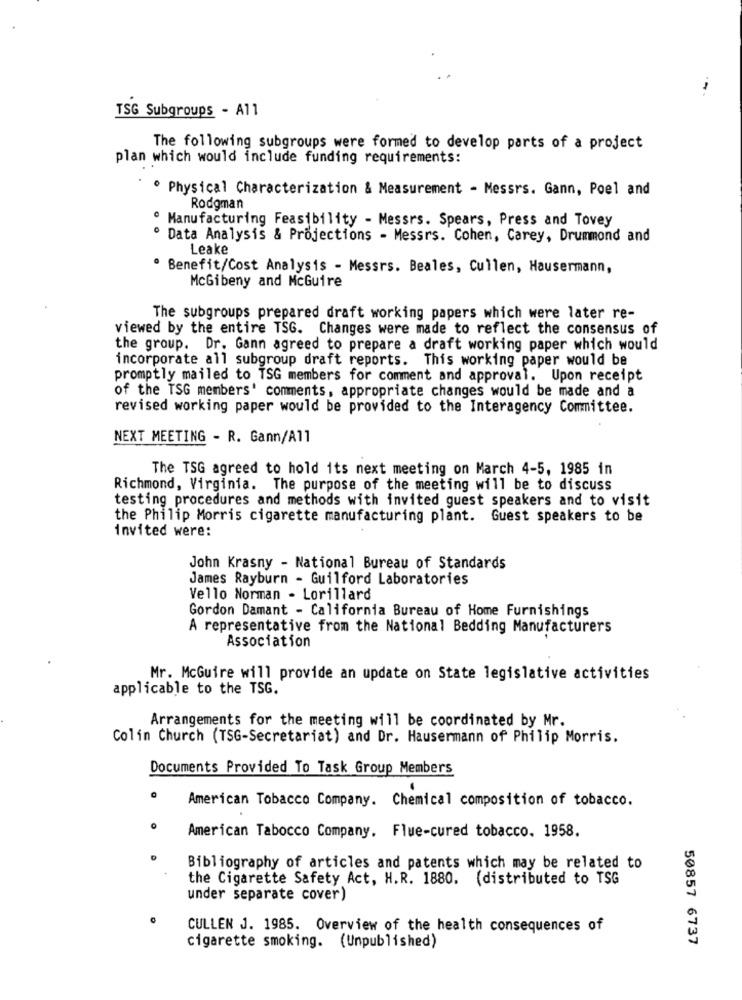
TSG Subgroups - A11
The following subgroups were formed to develop parts of a project
plan which would include funding requirements:
º Physical Characterization & Measurement - Messrs. Gann, Poel and
Rodgman
· Manufacturing Feasibility - Messrs. Spears, Press and Tovey
Data Analysis & Projections - Messrs. Cohen, Carey, Drummond and
Leake
Benefit/Cost Analysis - Messrs. Beales, Cullen, Hausermann,
McGibeny and McGuire
The subgroups prepared draft working papers which were later re-
viewed by the entire TSG. Changes were made to reflect the consensus of
the group. Dr. Gann agreed to prepare a draft working paper which would
incorporate all subgroup draft reports. This working paper would be
promptly mailed to TSG members for comment and approval. Upon receipt
of the TSG members' comments, appropriate changes would be made and a
revised working paper would be provided to the Interagency Committee.
NEXT MEETING - R. Gann/All
The TSG agreed to hold its next meeting on March 4-5, 1985 in
Richmond, Virginia. The purpose of the meeting will be to discuss
testing procedures and methods with invited guest speakers and to visit
the Philip Morris cigarette manufacturing plant. Guest speakers to be
invited were:
John Krasny - National Bureau of Standards
James Rayburn - Guilford Laboratories
Vello Norman - Lorillard
Gordon Damant - California Bureau of Home Furnishings
A representative from the National Bedding Manufacturers
Association
Mr. McGuire will provide an update on State legislative activities
applicable to the TSG.
Arrangements for the meeting will be coordinated by Mr.
Colin Church (TSG-Secretariat) and Dr. Hausermann of Philip Morris.
Documents Provided To Task Group Members
American Tobacco Company. Chemical composition of tobacco.
O
American Tabocco Company. Flue-cured tobacco. 1958.
Bibliography of articles and patents which may be related to
the Cigarette Safety Act, H.R. 1880. (distributed to TSG
under separate cover)
CULLEN J. 1985. Overview of the health consequences of
50857 6737
cigarette smoking. (Unpublished)